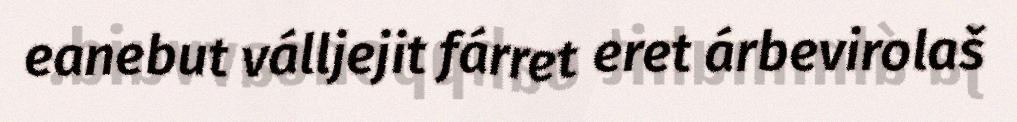
eanebut válljejit fárret eret árbevirolaš